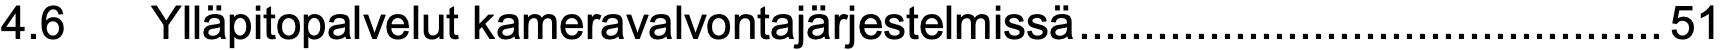
4.6  Ylläpitopalvelut kameravalvontajärjestelmissä.............................................51